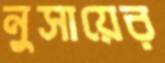
নুসায়ের